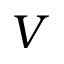
V